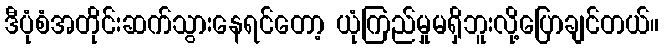
ဒီပုံစံအတိုင်းဆက်သွားနေရင်တော့ ယုံကြည်မှုမရှိဘူးလို့ပြောချင်တယ်။